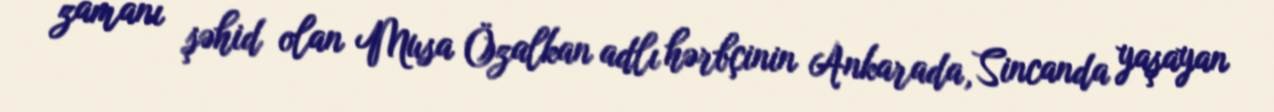
zamanı şəhid olan Musa Özalkan adlı hərbçinin Ankarada, Sincanda yaşayan